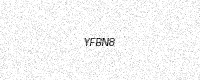
Text: YFBN8